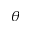
\theta